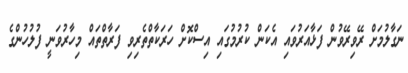
ނަގާލުމަށް ރޭވިރޭވުން ފަޅާއަރުވައި އެކަން ކުރުމުގައި އިސްކޮށް ހަރަކާތްތެރިވި ފަރާތްތައް މިހާރުވަނީ ފުލުހުންގެ